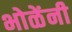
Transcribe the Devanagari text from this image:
भोळेंनी